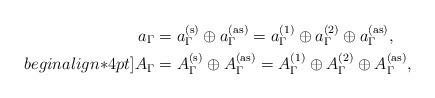
LaTeX: \begin{align*} a_\Gamma &= a_{\Gamma}^{(\mathrm{s})} \oplus a_{\Gamma}^{(\mathrm{as})} = a_{\Gamma}^{(1)} \oplus a_{\Gamma}^{(2)} \oplus a_{\Gamma}^{(\mathrm{as})},\\begin{align*}4pt] A_\Gamma &= A_{\Gamma}^{(\mathrm{s})} \oplus A_{\Gamma}^{(\mathrm{as})} = A_{\Gamma}^{(1)} \oplus A_{\Gamma}^{(2)} \oplus A_{\Gamma}^{(\mathrm{as})}, \end{align*}